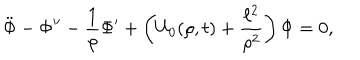
\ddot { \Phi } - \Phi ^ { \prime \prime } - \frac { 1 } { \rho } \Phi ^ { \prime } + \left( U _ { 0 } ( \rho , t ) + \frac { \ell ^ { 2 } } { \rho ^ { 2 } } \right) \Phi = 0 ,